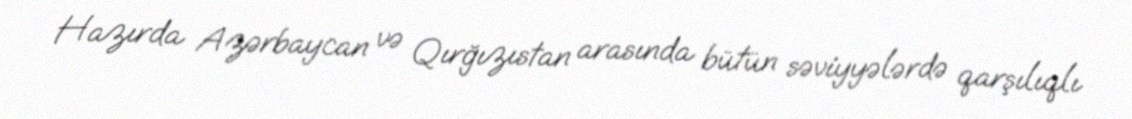
Hazırda Azərbaycan və Qırğızıstan arasında bütün səviyyələrdə qarşılıqlı